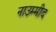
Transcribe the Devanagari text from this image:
नाउम्मीद